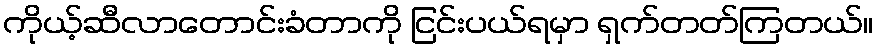
ကိုယ့်ဆီလာတောင်းခံတာကို ငြင်းပယ်ရမှာ ရှက်တတ်ကြတယ်။